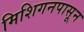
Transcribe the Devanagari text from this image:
मिशिगनपासून